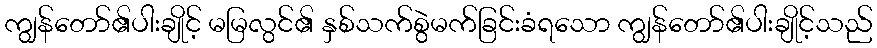
ကျွန်တော်၏ပါးချိုင့် မမြလွင်၏ နှစ်သက်စွဲမက်ခြင်းခံရသော ကျွန်တော်၏ပါးချိုင့်သည်